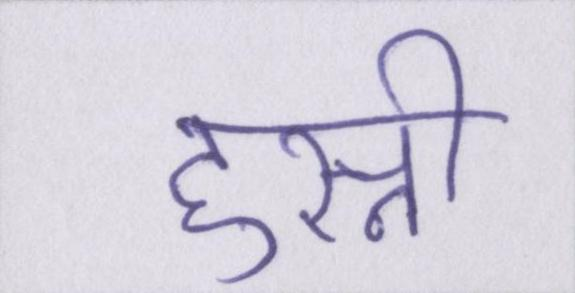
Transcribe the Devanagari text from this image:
हुस्नी